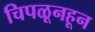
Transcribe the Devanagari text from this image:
चिपळूनहून